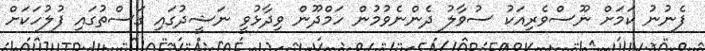
ފެނުނު ކަމަށް ނޫސްވެރިއަކު ސުވާލު ދެންނެވުމުން ހަމްދޫން ވިދާޅުވީ ނަޝީދުގައި ގަސްތުގައި ފުލުހަކަށް